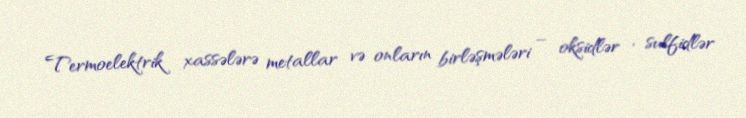
Termoelektrik xassələrə metallar və onların birləşmələri – oksidlər , sulfidlər